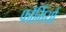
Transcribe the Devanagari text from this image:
फौर्मियों